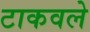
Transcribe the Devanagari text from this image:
टाकवले